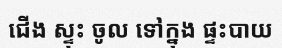
ជើង ស្ទុះ ចូល ទៅក្នុង ផ្ទះបាយ